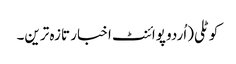
کوٹلی(اُردو پوائنٹ اخبار تازہ ترین۔